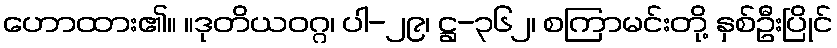
ဟောထား၏။ ။ဒုတိယဝဂ္ဂ၊ ပါ-၂၉၊ ဋ္ဌ-၃၆၂၊ စကြာမင်းတို့ နှစ်ဦးပြိုင်